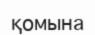
қомына